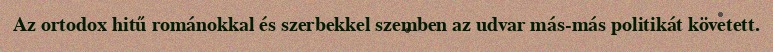
Az ortodox hitű románokkal és szerbekkel szemben az udvar más-más politikát követett.